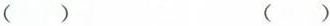
() ()